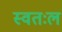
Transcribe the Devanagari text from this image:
स्वतःल